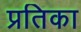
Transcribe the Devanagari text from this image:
प्रतिका